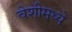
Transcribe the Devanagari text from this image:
वेशीमध्ये